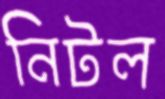
নিটল